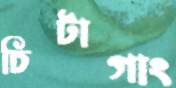
চিটাগাং